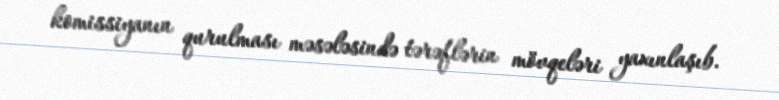
komissiyanın qurulması məsələsində tərəflərin mövqeləri yaxınlaşıb.